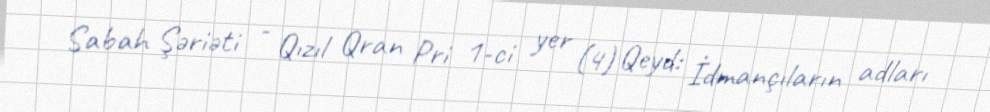
Sabah Şəriəti - Qızıl Qran Pri 1-ci yer (4) Qeyd: İdmançıların adları